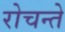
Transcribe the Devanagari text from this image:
रोचन्ते